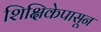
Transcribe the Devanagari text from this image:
शिक्षिकेपासून